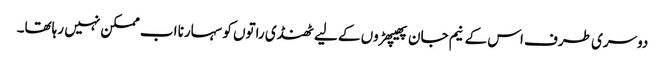
دوسری طرف اس کے نیم جان پھیپھڑوں کے لیے ٹھنڈی راتوں کو سہارنا اب ممکن نہیں رہاتھا۔